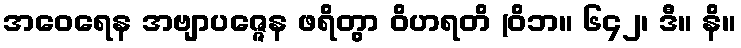
အဝေရေန အဗျာပဇ္ဇေန ဖရိတွာ ဝိဟရတိ (ဝိဘ။ ၆၄၂၊ ဒီ။ နိ။